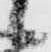
候